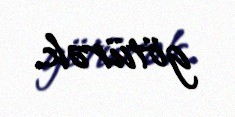
götürək.